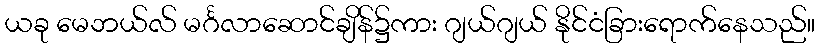
ယခု မေဘယ်လ် မင်္ဂလာဆောင်ချိန်၌ကား ဂျယ်ဂျယ် နိုင်ငံခြားရောက်နေသည်။